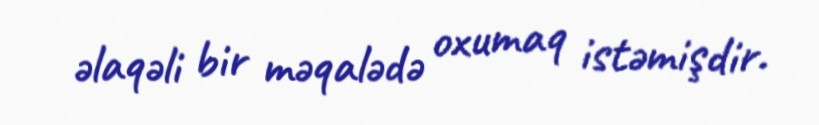
əlaqəli bir məqalədə oxumaq istəmişdir.